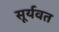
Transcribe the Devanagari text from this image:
सूर्यवत